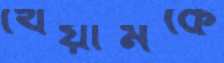
খৈয়ামকে